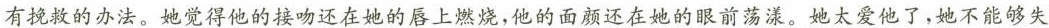
有挽救的办法。她觉得他的接吻还在她的唇上燃烧，他的面颜还在她的眼前荡漾。她太爱他了，她不能够失